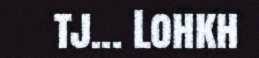
tj... Lohkh